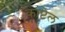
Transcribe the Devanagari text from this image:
काप्टेल